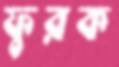
ফুরক